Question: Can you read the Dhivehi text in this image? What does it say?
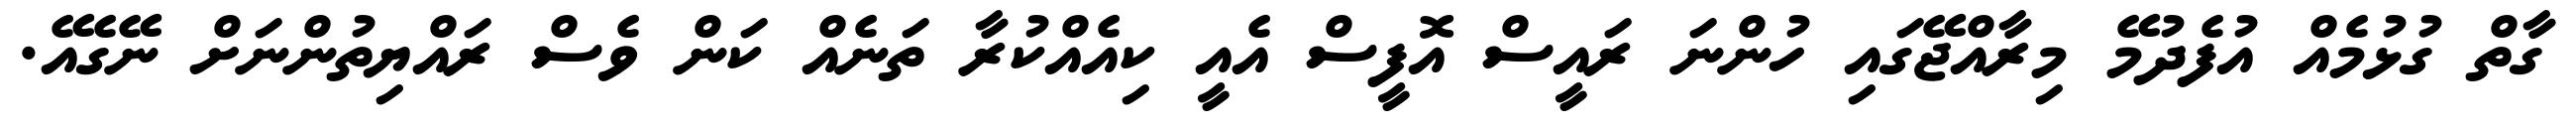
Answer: ގާތް ގުޅުމެއް އުފެދުމޭ މިރާއްޖޭގައި ހުންނަ ރައީސް އޮފީސް އެއީ ކިއެއްކުރާ ތަނެއް ކަން ވެސް ރައްޔިތުންނަށް ނޭގެއޭ.